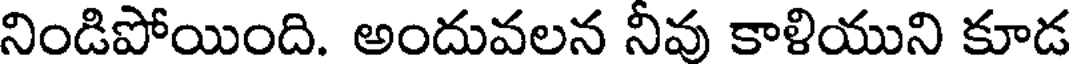
నిండిపోయింది. అందువలన నీవు కాళియుని కూడ